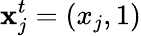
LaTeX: \mathbf{x}_{j}^{t}=(x_{j},1)